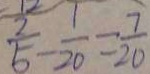
\frac { 2 } { 5 } - \frac { 1 } { 2 0 } = \frac { 7 } { 2 0 }